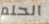
الحلم